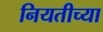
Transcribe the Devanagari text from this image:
नियतीच्या